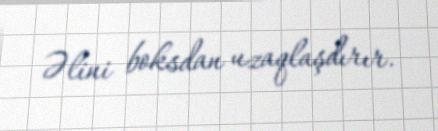
Əlini boksdan uzaqlaşdırır.